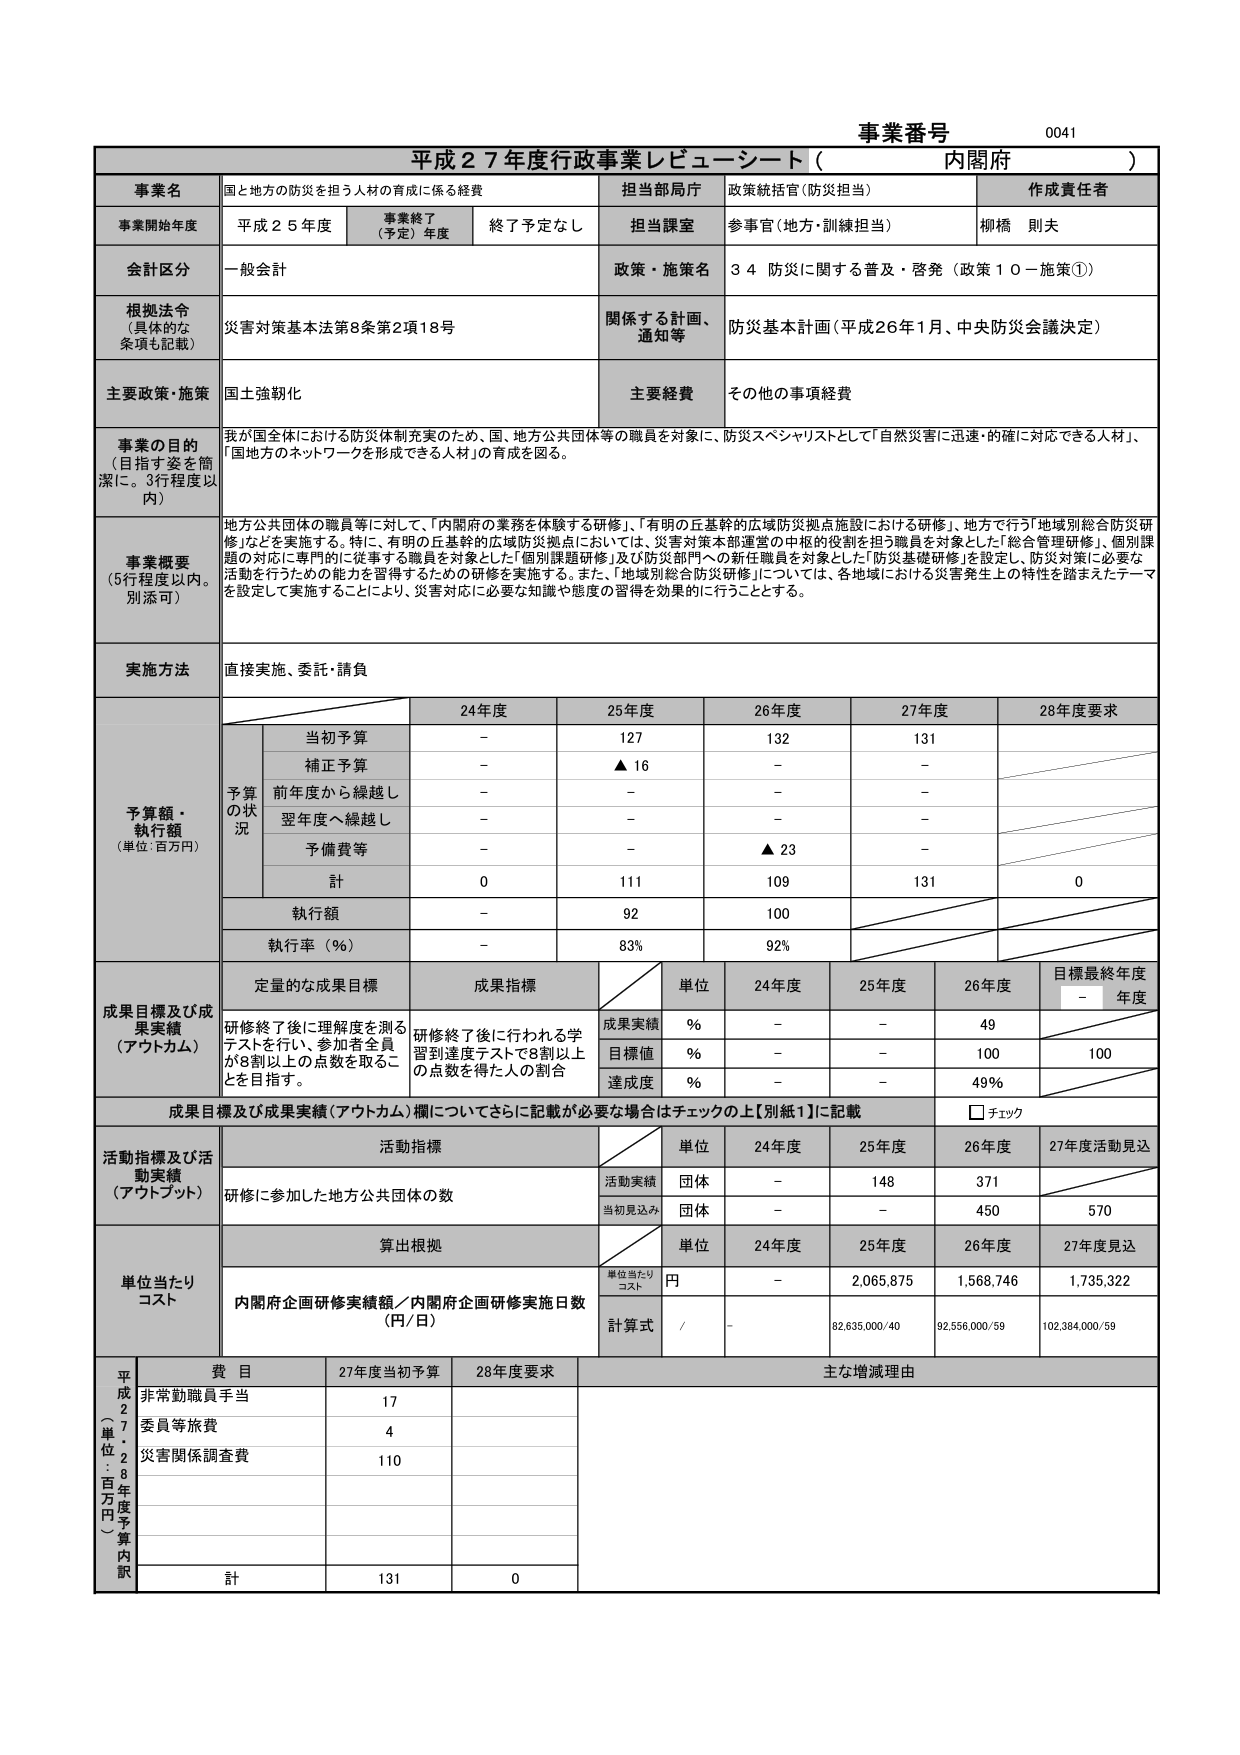
事業番号 0041
平成27年度行政事業レビュー・シート（内閣府）

事業名 国と地方の防災を担う人材の育成に係る経費
担当部局庁 政策統括官（防災担当）
作成責任者 桐橋 則夫

事業開始年度 平成25年度 事業終了（予定）年度 終了予定なし 担当課室 参事官（地方・訓練担当）

会計区分 一般会計
政策・施策名 34 防災に関する普及・啓発（政策10－施策①）

根拠法令（具体的な条項も記載） 災害対策基本法第8条第2項18号
関係する計画、通知等 防災基本計画（平成26年1月、中央防災会議決定）

主要政策・施策 国土強靭化
主要経費 その他の事項経費

事業の目的（目指す姿を簡潔に。3行程度以内）
我が国全体における防災体制充実のため、国、地方公共団体等の職員を対象に、防災スペシャリストとして「自然災害に迅速・的確に対応できる人材」、「国地方のネットワークを形成できる人材」の育成を図る。

事業概要（5行程度以内。別添可）
地方公共団体の職員等に対して、「内閣府の業務を体験する研修」、「有明の丘基幹的広域防災拠点施設における研修」、地方で行う「地域別総合防災研修」などを実施する。特に、有明の丘基幹的広域防災拠点においては、災害対策本部運営の中枢的役割を担う職員を対象とした「総合管理研修」、個別課題の対応に専門的に従事する職員を対象とした「個別課題研修」及び防災部門への新任職員を対象とした「防災基礎研修」を設定し、防災対策に必要な活動を行うための能力を習得するための研修を実施する。また、「地域別総合防災研修」については、各地域における災害発生上の特性を踏まえたテーマを設定して実施することにより、災害対応に必要な知識や態度の習得を効果的に行うこととする。

実施方法 直接実施、委託・請負

予算額・執行額（単位：百万円）
24年度 25年度 26年度 27年度 28年度要求
予算の状況
当初予算 - 127 132 131
補正予算 - ▲16 - -
前年度から繰越し - - - -
翌年度へ繰越し - - - -
予備費等 - - ▲23 -
計 0 111 109 131 0
執行額 - 92 100
執行率（％） - 83% 92%

成果目標及び成果実績（アウトカム）
定量的な成果目標 成果指標
単位 24年度 25年度 26年度 目標最終年度 年度
成果実績 % - - 49
目標値 % - - 100 100
達成度 % - - 49%

研修終了後に理解度を測るテストを行い、参加者全員が8割以上の点数を取ることを目指す。
研修終了後に行われる学習到達度テストで8割以上の点数を得た人の割合

成果目標及び成果実績（アウトカム）欄についてさらに記載が必要な場合はチェックの上【別紙1】に記載 □ チェック

活動指標及び活動実績（アウトプット）
活動指標
単位 24年度 25年度 26年度 27年度活動見込
活動実績 団体 - 148 371
当初見込み 団体 - - 450 570

単位当たりコスト
算出根拠
単位 24年度 25年度 26年度 27年度見込
単位当たりコスト 円 - 2,065,875 1,568,746 1,735,322
内閣府企画研修実績額／内閣府企画研修実施日数（円/日）
計算式 / - 82,635,000/40 92,556,000/59 102,384,000/59

平成27年度（単位：百万円）予算内訳
費目 27年度当初予算 28年度要求 主な増減理由
非常勤職員手当 17
委員等旅費 4
災害関係調査費 110
計 131 0